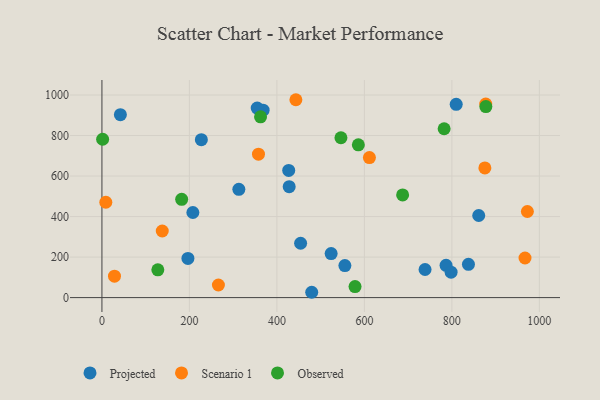
{"axis": {"x": "Experience", "y": "Sales"}, "legend": ["Observed", "Projected", "Scenario 1"], "data": [{"x": "368.5", "y": 925.2, "type": "Projected"}, {"x": "524.0", "y": 217.3, "type": "Projected"}, {"x": "427.0", "y": 627.6, "type": "Projected"}, {"x": "207.9", "y": 420.2, "type": "Projected"}, {"x": "786.7", "y": 159.5, "type": "Projected"}, {"x": "454.2", "y": 268.3, "type": "Projected"}, {"x": "428.1", "y": 547.7, "type": "Projected"}, {"x": "798.2", "y": 125.4, "type": "Projected"}, {"x": "555.4", "y": 158.2, "type": "Projected"}, {"x": "738.7", "y": 138.8, "type": "Projected"}, {"x": "809.9", "y": 953.9, "type": "Projected"}, {"x": "227.3", "y": 779.4, "type": "Projected"}, {"x": "479.6", "y": 26.3, "type": "Projected"}, {"x": "837.9", "y": 164.4, "type": "Projected"}, {"x": "355.0", "y": 935.5, "type": "Projected"}, {"x": "313.0", "y": 534.3, "type": "Projected"}, {"x": "196.6", "y": 193.2, "type": "Projected"}, {"x": "42.2", "y": 903.0, "type": "Projected"}, {"x": "861.4", "y": 405.3, "type": "Projected"}, {"x": "967.2", "y": 195.5, "type": "Scenario 1"}, {"x": "8.9", "y": 470.7, "type": "Scenario 1"}, {"x": "875.4", "y": 640.0, "type": "Scenario 1"}, {"x": "357.9", "y": 707.9, "type": "Scenario 1"}, {"x": "443.4", "y": 976.8, "type": "Scenario 1"}, {"x": "972.6", "y": 425.1, "type": "Scenario 1"}, {"x": "877.4", "y": 955.2, "type": "Scenario 1"}, {"x": "611.5", "y": 691.4, "type": "Scenario 1"}, {"x": "28.7", "y": 105.6, "type": "Scenario 1"}, {"x": "137.9", "y": 328.7, "type": "Scenario 1"}, {"x": "266.3", "y": 62.1, "type": "Scenario 1"}, {"x": "182.3", "y": 485.3, "type": "Observed"}, {"x": "362.6", "y": 892.6, "type": "Observed"}, {"x": "546.4", "y": 789.2, "type": "Observed"}, {"x": "1.6", "y": 781.6, "type": "Observed"}, {"x": "578.6", "y": 54.5, "type": "Observed"}, {"x": "687.4", "y": 506.8, "type": "Observed"}, {"x": "127.8", "y": 136.9, "type": "Observed"}, {"x": "877.7", "y": 943.0, "type": "Observed"}, {"x": "782.3", "y": 833.6, "type": "Observed"}, {"x": "586.2", "y": 754.2, "type": "Observed"}]}